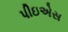
પીઇએસ